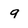
Character: 9